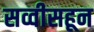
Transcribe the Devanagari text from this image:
सव्वीसहून